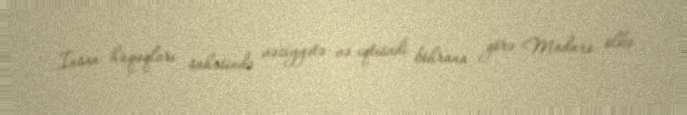
İnsan hüquqları sahəsində vəziyyətə və iqtisadi böhrana görə Maduro ölkə